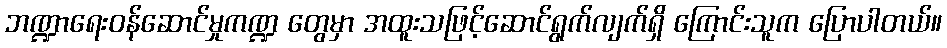
ဘဏ္ဍာရေးဝန်ဆောင်မှုကဏ္ဍ တွေမှာ အထူးသဖြင့်ဆောင်ရွက်လျက်ရှိ ကြောင်းသူက ပြောပါတယ်။